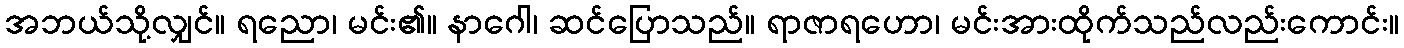
အဘယ်သို့လျှင်။ ရညော၊ မင်း၏။ နာဂေါ၊ ဆင်ပြောသည်။ ရာဇာရဟော၊ မင်းအားထိုက်သည်လည်းကောင်း။